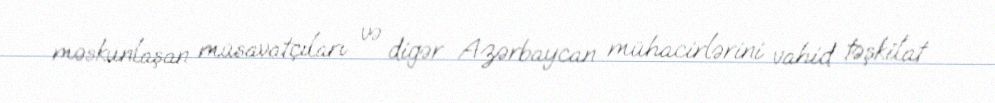
məskunlaşan müsavatçıları və digər Azərbaycan mühacirlərini vahid təşkilat